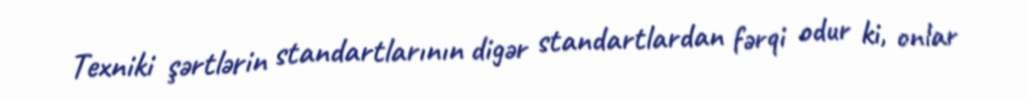
Texniki şərtlərin standartlarının digər standartlardan fərqi odur ki, onlar